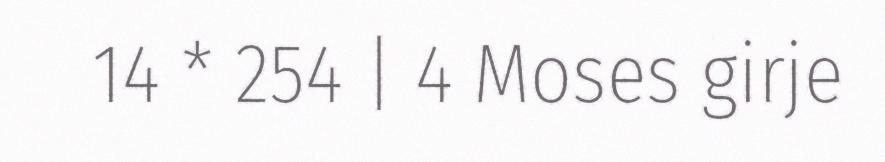
14 * 254 | 4 Moses girje